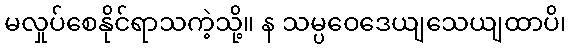
မလှုပ်စေနိုင်ရာသကဲ့သို့။ န သမ္ပဝေဒေယျသေယျထာပိ၊